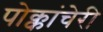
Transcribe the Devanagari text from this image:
पोक्कांचेरी